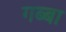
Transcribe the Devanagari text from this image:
गब्बा